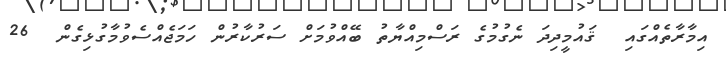
އިމާރާތެއްގައި  ޤައުމީދިދަ ނެގުމުގެ ރަސްމިއްޔާތު ބޭއްވުމަށް ސަރުކާރުން ހަމަޖެއްސެވުމާގުޅިގެން  26